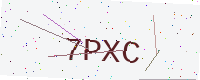
Text: 7PXC